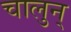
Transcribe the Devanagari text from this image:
चालुन्